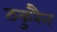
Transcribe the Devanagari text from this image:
ठकुरैन्